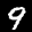
Label: 9